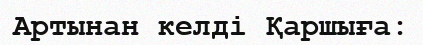
Артынан келді Қаршыға: